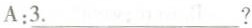
A:\underline{3.} ?